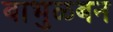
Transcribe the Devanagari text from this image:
बाभुळबन